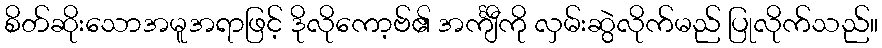
စိတ်ဆိုးသောအမူအရာဖြင့် ဒိုလိုကော့ဗ်၏ အင်္ကျီကို လှမ်းဆွဲလိုက်မည် ပြုလိုက်သည်။